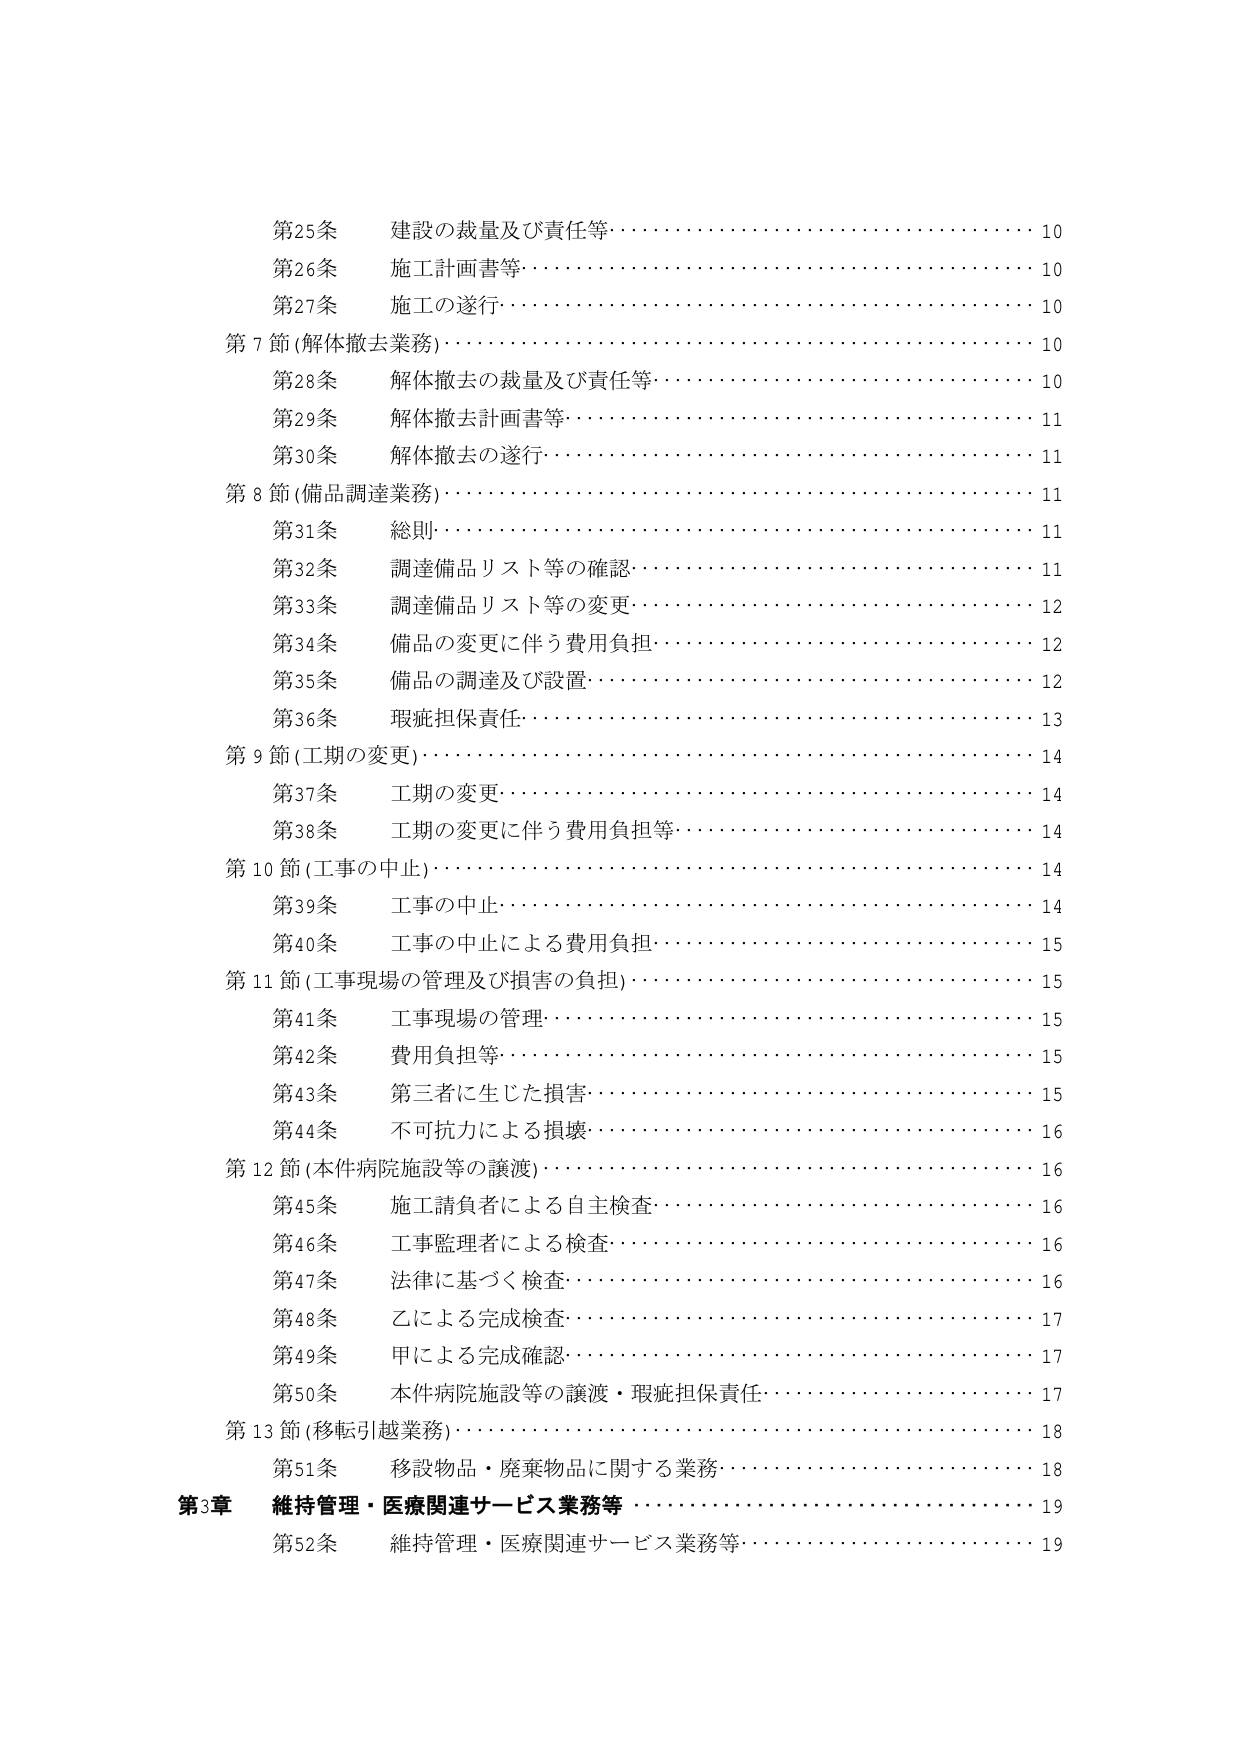
第25条 建設の裁量及び責任等………………………………………10
第26条 施工計画書等………………………………………………10
第27条 施工の遂行…………………………………………………10
第7節（解体撤去業務）……………………………………………10
第28条 解体撤去の裁量及び責任等………………………………10
第29条 解体撤去計画書等…………………………………………11
第30条 解体撤去の遂行……………………………………………11
第8節（備品調達業務）……………………………………………11
第31条 総則…………………………………………………………11
第32条 調達備品リスト等の確認…………………………………11
第33条 調達備品リスト等の変更…………………………………12
第34条 備品の変更に伴う費用負担………………………………12
第35条 備品の調達及び設置………………………………………12
第36条 瑕疵担保責任………………………………………………13
第9節（工期の変更）………………………………………………14
第37条 工期の変更…………………………………………………14
第38条 工期の変更に伴う費用負担等……………………………14
第10節（工事の中止）……………………………………………14
第39条 工事の中止…………………………………………………14
第40条 工事の中止による費用負担………………………………15
第11節（工事現場の管理及び損害の負担）……………………15
第41条 工事現場の管理……………………………………………15
第42条 費用負担等…………………………………………………15
第43条 第三者に生じた損害………………………………………15
第44条 不可抗力による損壊………………………………………16
第12節（本件病院施設等の譲渡）………………………………16
第45条 施工請負者による自主検査………………………………16
第46条 工事監理者による検査……………………………………16
第47条 法律に基づく検査…………………………………………16
第48条 乙による完成検査…………………………………………17
第49条 甲による完成確認…………………………………………17
第50条 本件病院施設等の譲渡・瑕疵担保責任……………………17
第13節（移転引越業務）…………………………………………18
第51条 移設物品・廃棄物品に関する業務………………………18
第3章 維持管理・医療関連サービス業務等 ……………………19
第52条 維持管理・医療関連サービス業務等……………………19